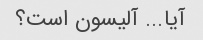
آیا... آلیسون است؟